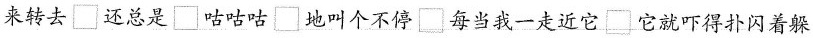
来转去□还总是□咕咕咕□地叫个不停□每当我一走近它它就吓得扑闪着躲